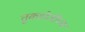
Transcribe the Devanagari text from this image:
तुकडोजींच्या